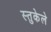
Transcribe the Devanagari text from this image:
स्तुकेले